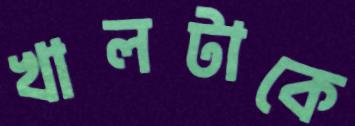
খালটাকে